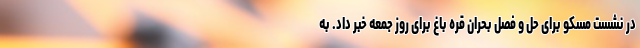
در نشست مسکو برای حل و فصل بحران قره باغ برای روز جمعه خبر داد. به